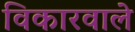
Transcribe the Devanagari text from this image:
विकारवाले